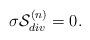
LaTeX: \begin{align*}\sigma {\cal S}^{(n)}_{div}=0.\end{align*}